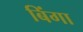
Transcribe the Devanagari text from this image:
बिंगा